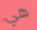
هي